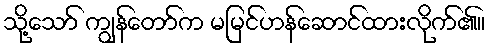
သို့သော် ကျွန်တော်က မမြင်ဟန်ဆောင်ထားလိုက်၏။